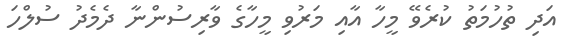
އަދި ތުހުމަތު ކުރެވޭ މީހާ އާއި މަރުވި މީހާގެ ވާރިސުންނާ ދެމެދު ސުލްހަ